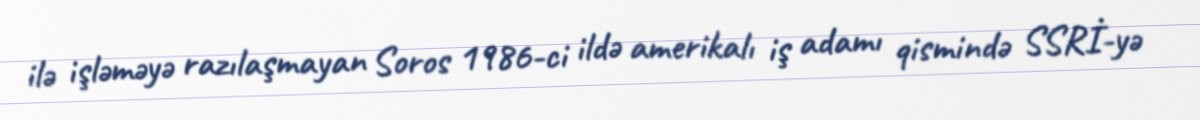
ilə işləməyə razılaşmayan Soros 1986-ci ildə amerikalı iş adamı qismində SSRİ-yə